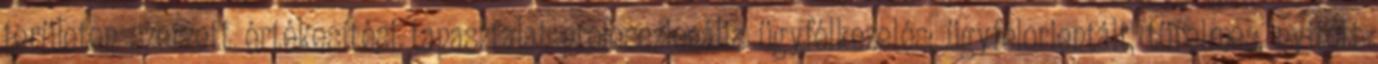
területen szerzett értékesítési tapasztalat professzionális ügyfélkezelés; ügyfélorientált, türelmes, nyitott